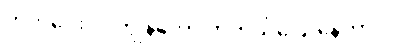
ကတိပေးပါ၊ ကျွန်တော် တကယ်ပြောနေတာပါ။